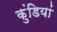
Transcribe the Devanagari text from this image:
कुंडियां